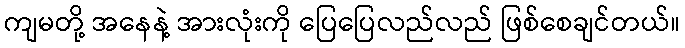
ကျမတို့ အနေနဲ့ အားလုံးကို ပြေပြေလည်လည် ဖြစ်စေချင်တယ်။